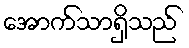
အောက်သာရှိသည်